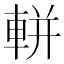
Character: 軿